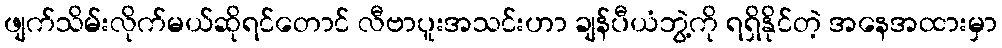
ဖျက်သိမ်းလိုက်မယ်ဆိုရင်တောင် လီဗာပူးအသင်းဟာ ချန်ပီယံဘွဲ့ကို ရရှိနိုင်တဲ့ အနေအထားမှာ